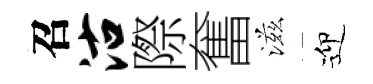
召沽際奮滋迎